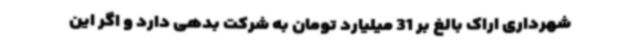
شهرداری اراک بالغ بر 31 میلیارد تومان به شرکت بدهی دارد و اگر این